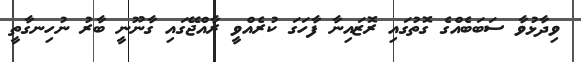
ވިދާޅުވާ ސަބަބެއްގެ ގޮތުގައި ރޮޒައިނާ ފާހަގަ ކުރެއްވީ ރާއްޖޭގައި ގާނޫނީ ބާރު ނުހިނގާތީ